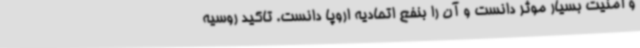
و امنیت بسیار موثر دانست و آن را بنفع اتحادیه اروپا دانست. تاکید روسیه